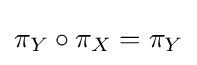
\pi _{Y}\circ \pi _{X}=\pi _{Y}